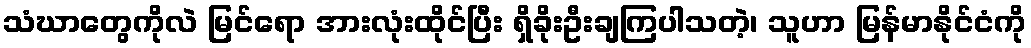
သံဃာတွေကိုလဲ မြင်ရော အားလုံးထိုင်ပြီး ရှိခိုးဦးချကြပါသတဲ့၊ သူဟာ မြန်မာနိုင်ငံကို